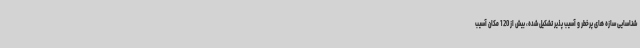
شناسایی سازه های پرخطر و آسیب پذیر تشکیل شده، بیش از 120 مکان آسیب